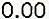
0.00